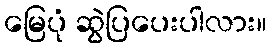
မြေပုံ ဆွဲပြပေးပါလား။